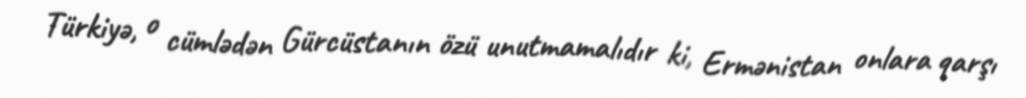
Türkiyə, o cümlədən Gürcüstanın özü unutmamalıdır ki, Ermənistan onlara qarşı